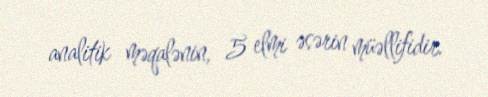
analitik məqalənin, 5 elmi əsərin müəllifidir.